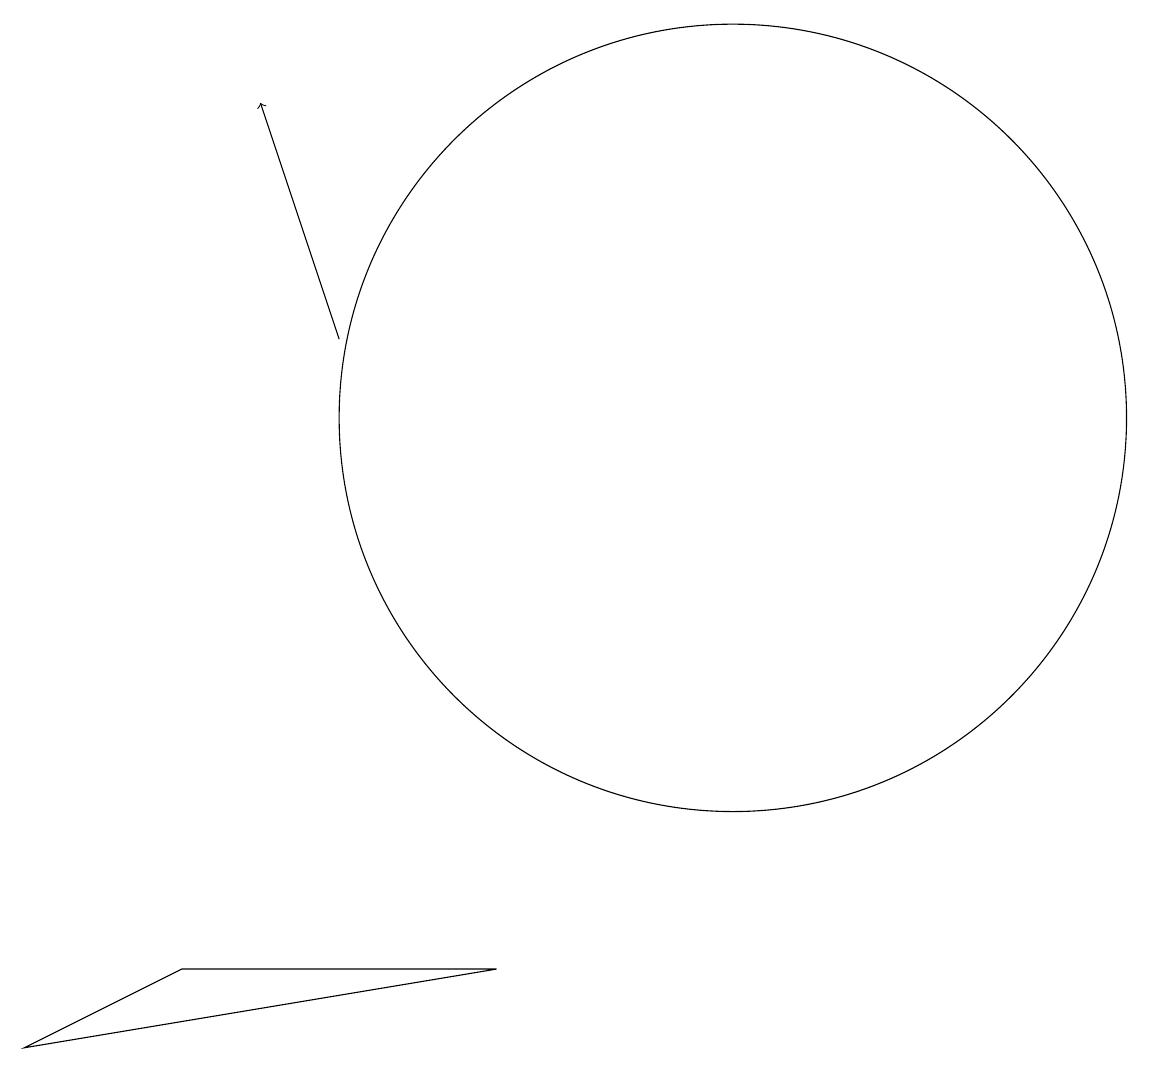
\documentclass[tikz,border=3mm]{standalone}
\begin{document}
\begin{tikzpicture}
\draw[->] (6,12) -- (5,15);
\draw (11,11) circle (5);
\draw (8,4) -- (2,3) -- (4,4) -- cycle;
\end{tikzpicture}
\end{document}